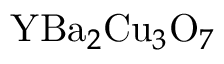
{ \mathrm { Y } \mathrm { B a } } _ { 2 } { \mathrm { C u } } _ { 3 } { \mathrm { O } } _ { 7 }